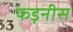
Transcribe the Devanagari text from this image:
फड़नीस